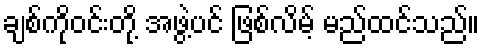
ချစ်ကိုဝင်းတို့ အဖွဲ့ပင် ဖြစ်လိမ့် မည်ထင်သည်။